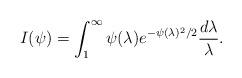
LaTeX: \begin{align*}I(\psi)=\int_1^\infty \psi(\lambda) e^{-\psi(\lambda)^2/2} \frac{d\lambda}{\lambda}.\end{align*}